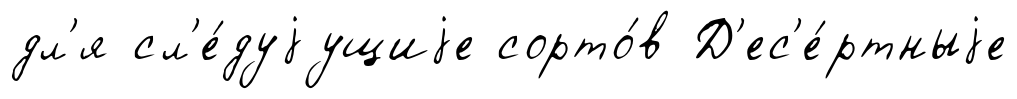
дл'я сл'е́дуjущиjе сорто́в Д'ес'е́ртныjе